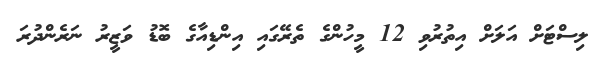
ލިސްޓަށް އަލަށް އިތުރުވި 12 މީހުންގެ ތެރޭގައި އިންޑިއާގެ ބޮޑު ވަޒީރު ނަރެންދުރަ